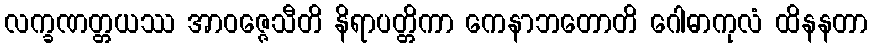
လက္ခဏတ္တယဿ အာဝဇ္ဇေသီတိ နိရာပတ္တိကာ ကေနာဘတောတိ ဂေါဓာကုလံ ထိနနတာ